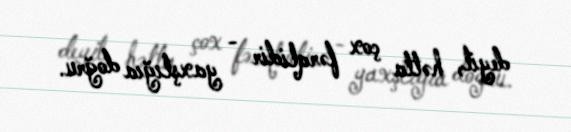
deyil, hətta çox fərqlidir - yaxşlığıa doğru.